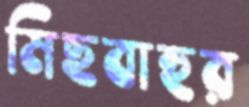
মিছবাহুর